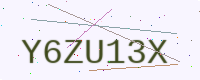
Text: Y6ZU13X